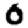
Digit: 0